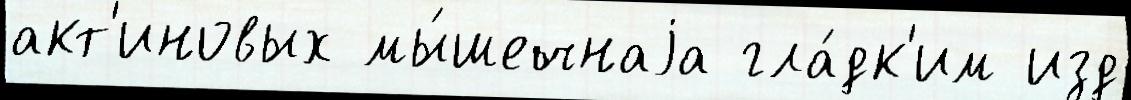
акт'иновых мы́шечнаjа гла́дк'им изд